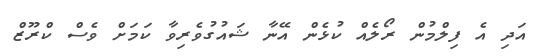
އަދި އެ ފިލްމުން ރޯލެއް ކުޅެން އޭނާ ޝައުގުވެރިވާ ކަމަށް ވެސް ކްރޫޒް